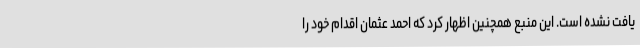
یافت نشده است. این منبع همچنین اظهار کرد که احمد عثمان اقدام خود را